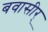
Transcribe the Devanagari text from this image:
बवासीर्